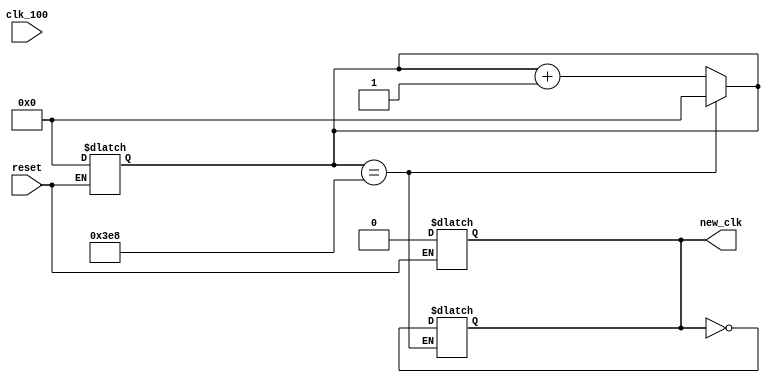
`timescale 1ns / 1ps
//////////////////////////////////////////////////////////////////////////////////
// Company: 
// Engineer: 
// 
// Design Name: 
// Module Name: clockDivider
// Project Name: 
// Target Devices: 
// Tool Versions: 
// Description: 
// 
// Dependencies: 
// 
// Revision:
// Revision 0.01 - File Created
// Additional Comments:
// 
//////////////////////////////////////////////////////////////////////////////////


module clockDivider #(parameter n = 1000)(
    input clk_100, reset,
    output reg new_clk
    );
    //wire reset;
    //assign reset = 0; 
    reg[31:0] counter;
    always@(reset) begin 
        if(reset) begin
            new_clk = 0;
            counter = 0;
        end
    end
    always@(clk_100) begin
        //if (reset)
        //counter <=0; 
        if(counter == n) begin
            counter <= 0; 
            new_clk <= ~new_clk;
        end
        else counter<= counter + 1;
    end
endmodule